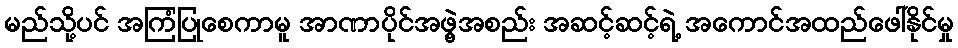
မည်သို့ပင် အကြံပြုစေကာမူ အာဏာပိုင်အဖွဲ့အစည်း အဆင့်ဆင့်ရဲ့ အကောင်အထည်ဖေါ်နိုင်မှု